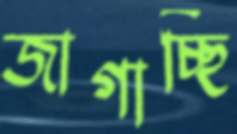
জাগাচ্ছি